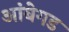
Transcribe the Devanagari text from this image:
आंबेगड